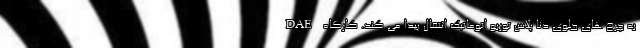
DAE به چرخ های جلوی دنا پلاس توربو اتوماتیک انتقال پیدا می کند. کارگاه